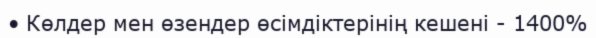
• Көлдер мен өзендер өсімдіктерінің кешені - 1400%